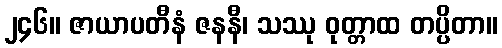
၂၄၆။ ဇာယာပတီနံ ဇနနီ၊ သဿု ဝုတ္တာထ တပ္ပိတာ။